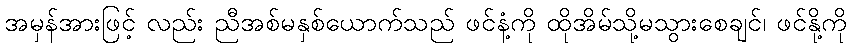
အမှန်အားဖြင့် လည်း ညီအစ်မနှစ်ယောက်သည် ဖင်နံ့ကို ထိုအိမ်သို့မသွားစေချင်၊ ဖင်နို့ကို